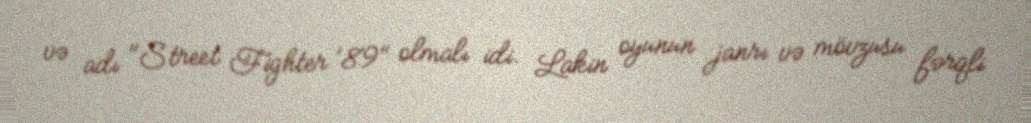
və adı "Street Fighter '89" olmalı idi. Lakin oyunun janrı və mövzusu fərqli